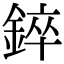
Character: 錊